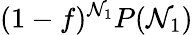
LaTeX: (1-f)^{\mathcal{N}_{1}}P(\mathcal{N}_{1})